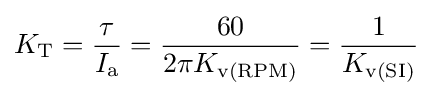
K_{\text{T}}={\frac {\tau }{I_{\text{a}}}}={\frac {60}{2\pi K_{\text{v(RPM)}}}}={\frac {1}{K_{\text{v(SI)}}}}